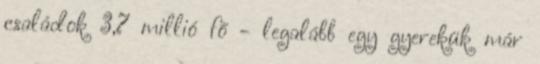
családok 3,7 millió fő - legalább egy gyerekük már